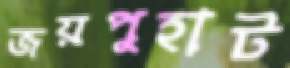
জয়পুহাট